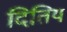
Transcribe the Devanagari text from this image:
दितिय